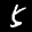
Label: 5